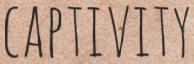
CAPTIVITY